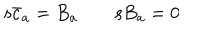
{ \mathrm s } \bar { c } _ { a } = B _ { a } \qquad { \mathrm s } B _ { a } = 0